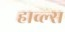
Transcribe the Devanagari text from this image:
हाव्ल्स